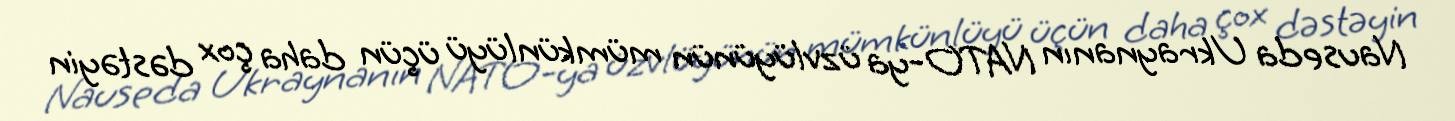
Nauseda Ukraynanın NATO-ya üzvlüyünün mümkünlüyü üçün daha çox dəstəyin